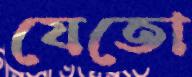
যেতো